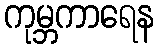
ကုမ္ဘကာရေန